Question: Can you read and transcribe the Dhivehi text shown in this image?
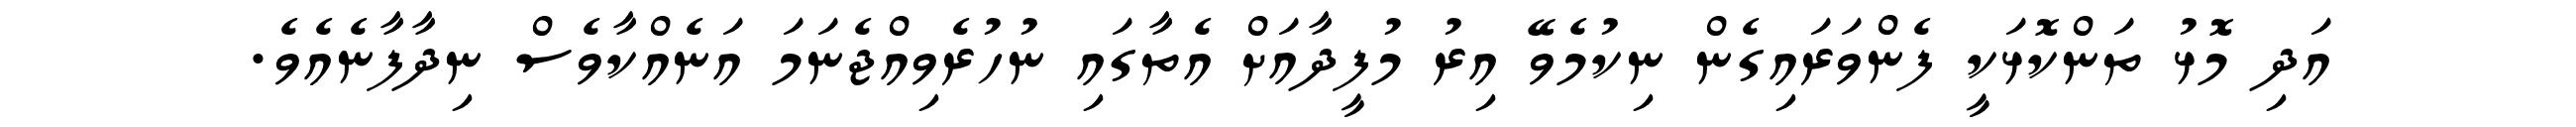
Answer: އަދި މޮޅު ތަންކޮޅަކީ ފެންވަރައިގެން ނިކުމެވޭ އިރު މުފީދާއަށް އެތާގައި ނުހުރެވިއްޖެނަމަ އަނެއްކާވެސް ނިދާފާނެއެވެ.